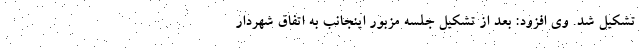
تشکیل شد. وی افزود: بعد از تشکیل جلسه مزبور اینجانب به اتفاق شهردار